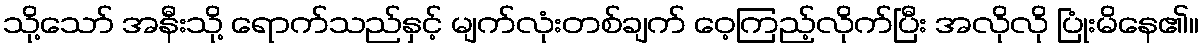
သို့သော် အနီးသို့ ရောက်သည်နှင့် မျက်လုံးတစ်ချက် ဝေ့ကြည့်လိုက်ပြီး အလိုလို ပြုံးမိနေ၏။